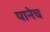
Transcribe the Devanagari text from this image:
पानेच